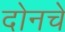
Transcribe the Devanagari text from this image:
दोनचे